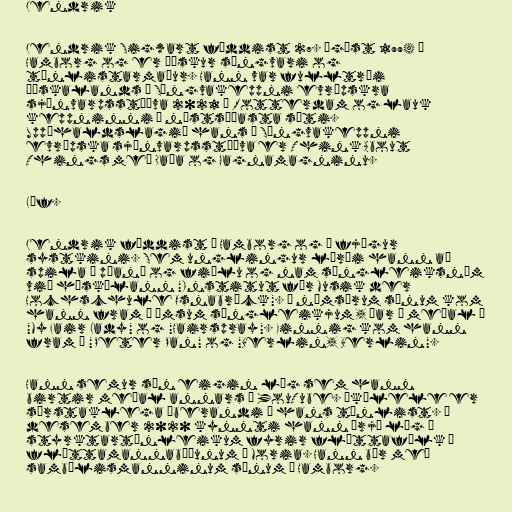
Jendrik

Jendrik Sigwart fæddist 27. ágúst 1994 í
Hamborg og er þýskur söngvari og
tónlistarmaður. Hann var fulltrúi
Þýskalands í Söngvakeppni evrópskra
sjónvarpsstöðva 2021 í Rotterdam og lauk
keppninni í næstsíðasta sæti.
Uppáhaldslagið hans í Söngvakeppni
evrópska sjónvarpsstöðva er Think About
Things með Daða og Gagnamagninu.

Líf.

Jendrik fæddist í Hamborg og á fjögur
systkini. Sem unglingur lærði hann að
spila á píanó og fiðlu og nam söngleiksnám
við háskólann "Institut für Musik der
Hochschule Osnabrück". Á námsárum sínum kom
hann fram í ýmsum söngleikjum, þar á meðal í
"My Fair Lady" og "Hairspray". Einnig kom hann
fram í "Peter Pan" og "Berlin, Berlin".

Hann semur sín eigin lög sem hann
birtir meðal annars á YouTube. Úkúlele er
sérstaklega áberandi í hans tónlist. Í
desember 2020 kynnti hann þrjú lög á
styrktartónleikum fyrir flóttafólk í
flóttamannabúðunum í Moria. Hann býr með
sambýlismanninum sínum í Hamborg.